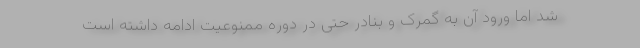
شد اما ورود آن به گمرک و بنادر حتی در دوره ممنوعیت ادامه داشته است